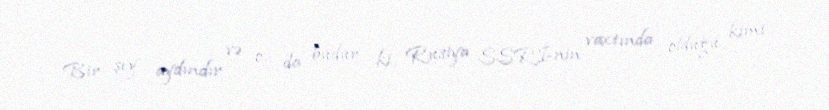
Bir şey aydındır və o, da budur ki, Rusiya SSRİ-nin vaxtında olduğu kimi